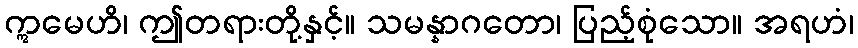
ဣမေဟိ၊ ဤတရားတို့နှင့်။ သမန္နာဂတော၊ ပြည့်စုံသော။ အရဟံ၊